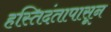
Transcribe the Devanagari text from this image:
हस्तिदंतापासून